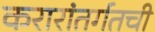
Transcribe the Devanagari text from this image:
करारांतर्गतची